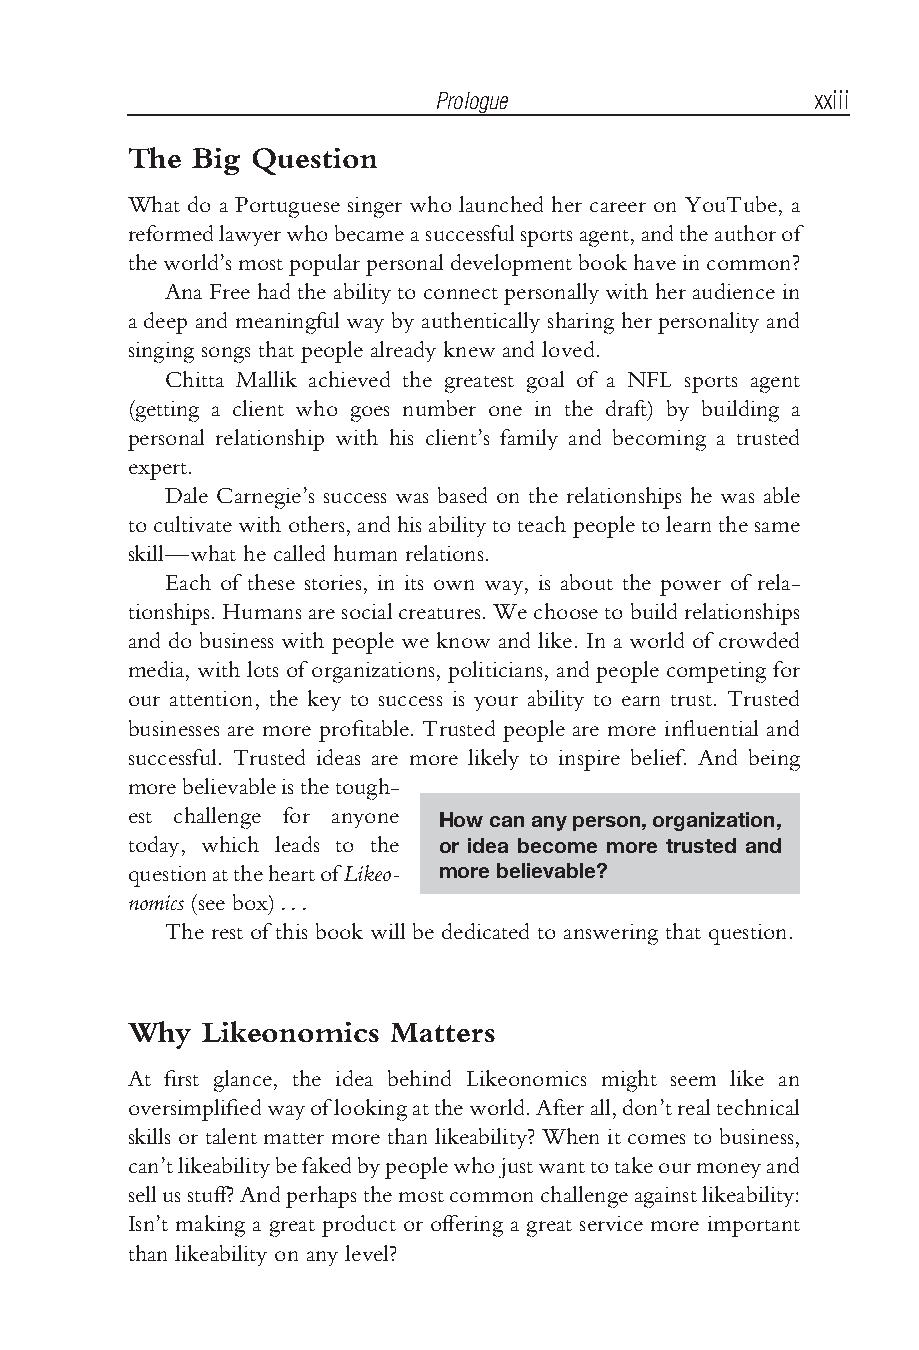
Bhargava flast2.tex V3-04/06/2012 11:21A.M. Pagexxiii
 Prologue                 xxiii
 The Big Question
 What do a Portuguese singer who launched her career on YouTube, a
 reformedlawyerwhobecameasuccessfulsportsagent,andtheauthorof
 theworld’smostpopularpersonaldevelopmentbookhaveincommon?
 AnaFree had the abilityto connectpersonallywith heraudiencein
 a deep and meaningful way by authentically sharing her personality and
 singing songs that people already knew and loved.
 Chitta Mallik achieved the greatest goal of a NFL sports agent
 (getting a client who goes number one in the draft) by building a
 personal relationship with his client’s family and becoming a trusted
 expert.
 Dale Carnegie’s success was based on the relationships he was able
 tocultivatewithothers,andhisabilitytoteachpeopletolearnthesame
 skill—what he called human relations.
 Each of these stories, in its own way, is about the power of rela-
 tionships.Humansaresocialcreatures.Wechoosetobuildrelationships
 and do business with people we know and like. In a world of crowded
 media, with lots of organizations, politicians, and people competing for
 our attention, the key to success is your ability to earn trust. Trusted
 businesses are more profitable. Trusted people are more influential and
 successful. Trusted ideas are more likely to inspire belief. And being
 morebelievableisthetough-
 est challenge for anyone Howcananyperson,organization,
 today, which leads to the or idea become more trusted and
 questionattheheartofLikeo- morebelievable?
 nomics (see box)...
 The rest of this book will be dedicated to answering that question.
 Why  Likeonomics Matters
 At first glance, the idea behind Likeonomics might seem like an
 oversimplifiedwayoflookingattheworld.Afterall,don’trealtechnical
 skills or talent matter more than likeability? When it comes to business,
 can’tlikeabilitybefakedbypeoplewhojustwanttotakeourmoneyand
 sellusstuff?Andperhapsthemostcommonchallengeagainstlikeability:
 Isn’t making a great product or offering a great service more important
 than likeability on any level?